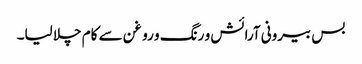
بس بیرونی آرائش و رنگ و روغن سے کام چلا لیا۔